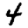
Digit: 4